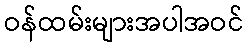
ဝန်ထမ်းများအပါအဝင်